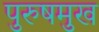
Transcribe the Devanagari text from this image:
पुरुषमुख